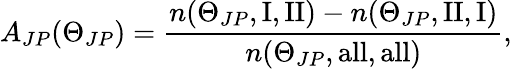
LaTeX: A_{JP}(\Theta_{JP})=\frac{n(\Theta_{JP},\mathrm{I,II})-n(\Theta_{JP},\mathrm{II,I})}{n(\Theta_{JP},\mathrm{all,all})},